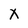
Character: x